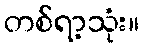
တစ်ရာ့သုံး။